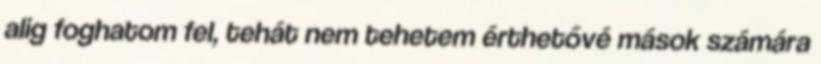
alig foghatom fel, tehát nem tehetem érthetővé mások számára